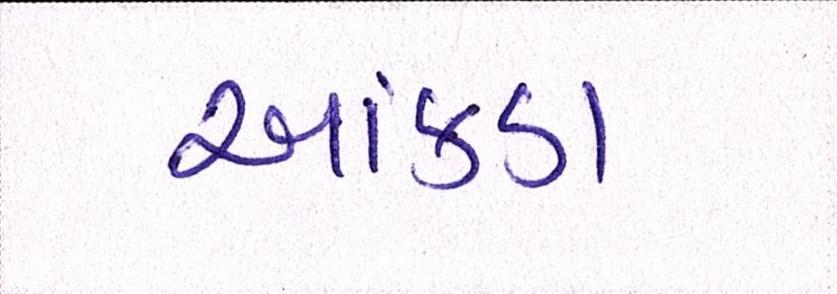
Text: આંકડા